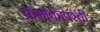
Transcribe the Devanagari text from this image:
क्रमांकावरची